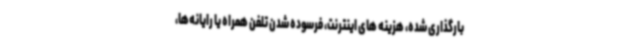
بارگذاری شده، هزینه های اینترنت، فرسوده شدن تلفن همراه یا رایانه‌ها،